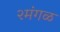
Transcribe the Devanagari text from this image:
२मंगळ